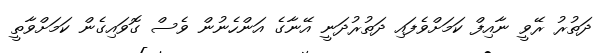
ދަތުރު ރޭވީ ނާއިފް ކަމަށްވެފައި ދަތުރުދަނީ އޭނާގެ އަންހެނުން ވެސް ގޮވައިގެން ކަމަށްވާތީ